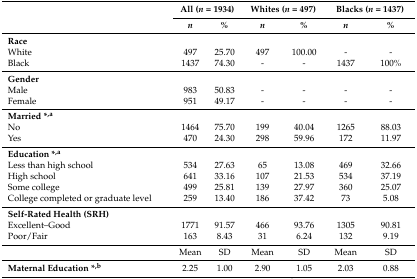
<table><thead><tr><td rowspan="2"></td><td colspan="2"><b>All (<i>n</i> = 1934)</b></td><td colspan="2"><b>Whites (<i>n</i> = 497)</b></td><td colspan="2"><b>Blacks (<i>n</i> = 1437)</b></td></tr><tr><td><b><i>n</i></b></td><td><b><i>%</i></b></td><td><b><i>n</i></b></td><td><b><i>%</i></b></td><td><b><i>n</i></b></td><td><b><i>%</i></b></td></tr></thead><tbody><tr><td><b>Race</b></td><td></td><td></td><td></td><td></td><td></td><td></td></tr><tr><td>White</td><td>497</td><td>25.70</td><td>497</td><td>100.00</td><td>-</td><td>-</td></tr><tr><td>Black</td><td>1437</td><td>74.30</td><td>-</td><td>-</td><td>1437</td><td>100%</td></tr><tr><td><b>Gender</b></td><td></td><td></td><td></td><td></td><td></td><td></td></tr><tr><td>Male</td><td>983</td><td>50.83</td><td>-</td><td>-</td><td>-</td><td>-</td></tr><tr><td>Female</td><td>951</td><td>49.17</td><td>-</td><td>-</td><td>-</td><td>-</td></tr><tr><td><b>Married *<sup>,a</sup></b></td><td></td><td></td><td></td><td></td><td></td><td></td></tr><tr><td>No</td><td>1464</td><td>75.70</td><td>199</td><td>40.04</td><td>1265</td><td>88.03</td></tr><tr><td>Yes</td><td>470</td><td>24.30</td><td>298</td><td>59.96</td><td>172</td><td>11.97</td></tr><tr><td><b>Education *<sup>,a</sup></b></td><td></td><td></td><td></td><td></td><td></td><td></td></tr><tr><td>Less than high school</td><td>534</td><td>27.63</td><td>65</td><td>13.08</td><td>469</td><td>32.66</td></tr><tr><td>High school</td><td>641</td><td>33.16</td><td>107</td><td>21.53</td><td>534</td><td>37.19</td></tr><tr><td>Some college</td><td>499</td><td>25.81</td><td>139</td><td>27.97</td><td>360</td><td>25.07</td></tr><tr><td>College completed or graduate level</td><td>259</td><td>13.40</td><td>186</td><td>37.42</td><td>73</td><td>5.08</td></tr><tr><td><b>Self-Rated Health (SRH)</b></td><td></td><td></td><td></td><td></td><td></td><td></td></tr><tr><td>Excellent–Good</td><td>1771</td><td>91.57</td><td>466</td><td>93.76</td><td>1305</td><td>90.81</td></tr><tr><td>Poor/Fair</td><td>163</td><td>8.43</td><td>31</td><td>6.24</td><td>132</td><td>9.19</td></tr><tr><td></td><td>Mean</td><td>SD</td><td>Mean</td><td>SD</td><td>Mean</td><td>SD</td></tr><tr><td><b>Maternal Education *<sup>,b</sup></b></td><td>2.25</td><td>1.00</td><td>2.90</td><td>1.05</td><td>2.03</td><td>0.88</td></tr></tbody></table>